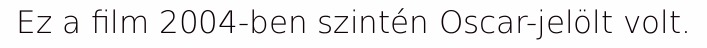
Ez a film 2004-ben szintén Oscar-jelölt volt.